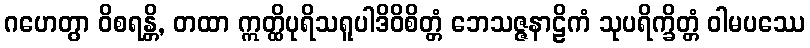
ဂဟေတွာ ဝိစရန္တိ, တထာ ဣတ္ထိပုရိသရူပါဒိဝိစိတ္တံ ဘေသဇ္ဇနာဠိကံ သုပရိက္ခိတ္တံ ဝါမပဿေ